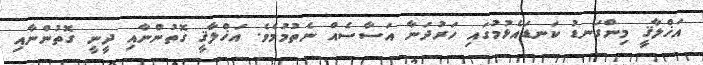
އަޚްލާޤީ މިންގަނޑު ކަނޑައެޅުމުގައި ހަރުދަނާ އަސާސެއް ނެތުމުމެވެ. އަޚްލާޤީ ގޮތުންނާއި ދީނީ ގޮތުންނާއި